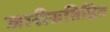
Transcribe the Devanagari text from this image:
जारीसन्निहित